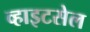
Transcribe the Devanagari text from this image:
व्हाइटसेल